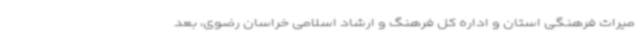
میراث فرهنگی استان و اداره کل فرهنگ و ارشاد اسلامی خراسان رضوی، بعد